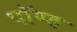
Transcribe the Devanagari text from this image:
पॉण्ड